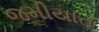
જમીયાત